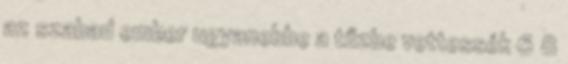
az szabad ember ugyanebbe a tűzbe vettessék 6 8